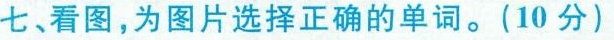
七、看图,为图片选择正确的单词.(10分( )